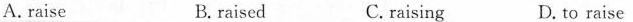
A.raise B.raised C. raising D. to raise